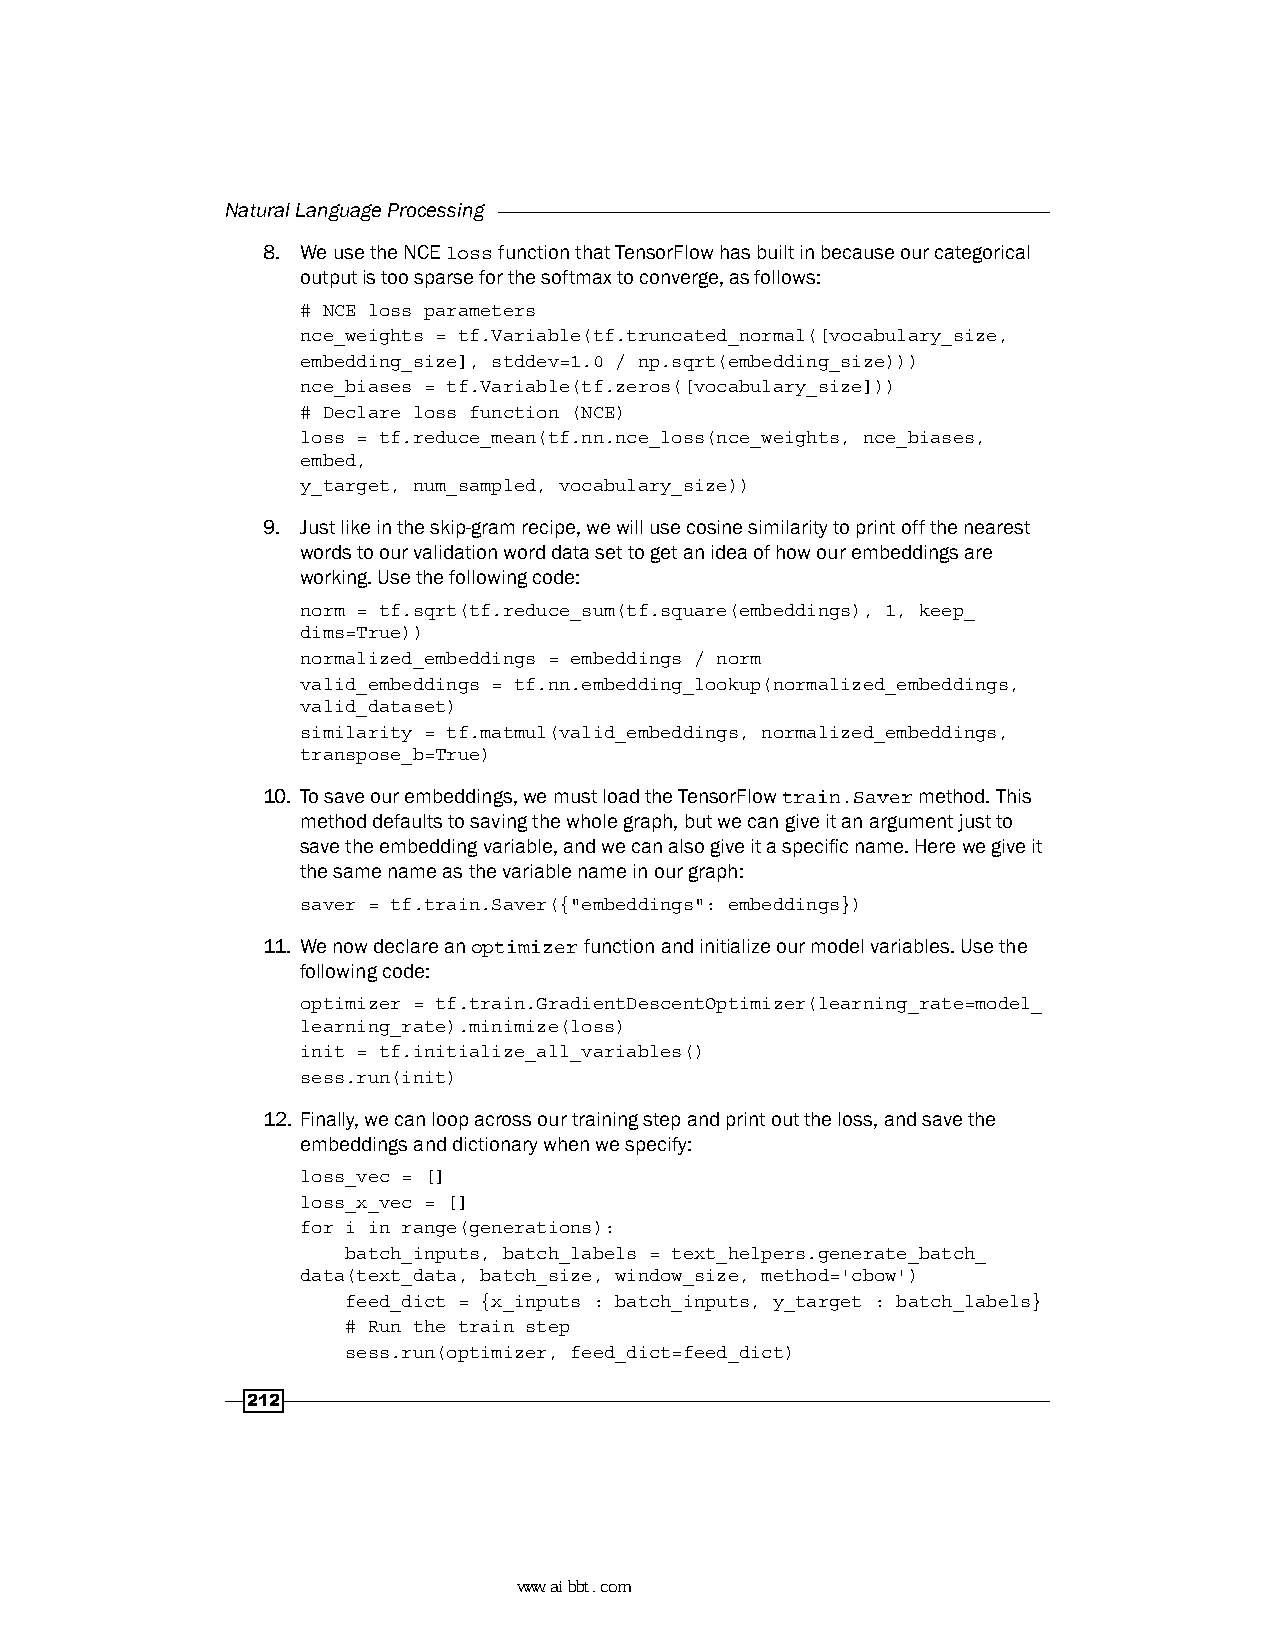
Natural Language Processing
 8. We use the NCE loss function that TensorFlow has built in because our categorical
 output is too sparse for the softmax to converge, as follows:
 # NCE loss parameters
 nce_weights = tf.Variable(tf.truncated_normal([vocabulary_size,
 embedding_size], stddev=1.0 / np.sqrt(embedding_size)))
 nce_biases = tf.Variable(tf.zeros([vocabulary_size]))
 # Declare loss function (NCE)
 loss = tf.reduce_mean(tf.nn.nce_loss(nce_weights, nce_biases,
 embed,
 y_target, num_sampled, vocabulary_size))
 9. Just like in the skip-gram recipe, we will use cosine similarity to print off the nearest
 words to our validation word data set to get an idea of how our embeddings are
 working. Use the following code:
 norm = tf.sqrt(tf.reduce_sum(tf.square(embeddings), 1, keep_
 dims=True))
 normalized_embeddings = embeddings / norm
 valid_embeddings = tf.nn.embedding_lookup(normalized_embeddings,
 valid_dataset)
 similarity = tf.matmul(valid_embeddings, normalized_embeddings,
 transpose_b=True)
 10. To save our embeddings, we must load the TensorFlow train.Saver method. This
 method defaults to saving the whole graph, but we can give it an argument just to
 save the embedding variable, and we can also give it a specific name. Here we give it
 the same name as the variable name in our graph:
 saver = tf.train.Saver({"embeddings": embeddings})
 11. We now declare an optimizer function and initialize our model variables. Use the
 following code:
 optimizer = tf.train.GradientDescentOptimizer(learning_rate=model_
 learning_rate).minimize(loss)
 init = tf.initialize_all_variables()
 sess.run(init)
 12. Finally, we can loop across our training step and print out the loss, and save the
 embeddings and dictionary when we specify:
 loss_vec = []
 loss_x_vec = []
 for i in range(generations):
 batch_inputs, batch_labels = text_helpers.generate_batch_
 data(text_data, batch_size, window_size, method='cbow')
 feed_dict = {x_inputs : batch_inputs, y_target : batch_labels}
 # Run the train step
 sess.run(optimizer, feed_dict=feed_dict)
 212
 www.aibbt.com 让未来触手可及